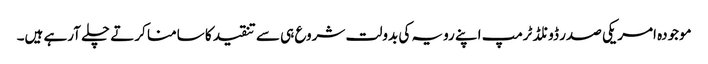
موجودہ امریکی صدر ڈونلڈ ٹرمپ اپنے رویہ کی بدولت شروع ہی سے تنقید کا سامنا کرتے چلے آرہے ہیں۔